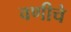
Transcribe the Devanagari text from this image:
वणीचे